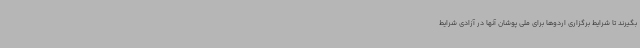
بگیرند تا شرایط برگزاری اردوها برای ملی پوشان آنها در آزادی شرایط